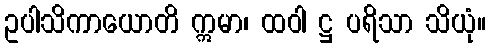
ဥပါသိကာယောတိ ဣမာ၊ ထဝါ ဋ္ဌ ပရိသာ သိယုံ။